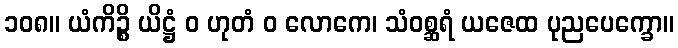
၁၀၈။ ယံကိဉ္စိ ယိဋ္ဌံ ဝ ဟုတံ ဝ လောကေ၊ သံဝစ္ဆရံ ယဇေထ ပုညပေက္ခော။